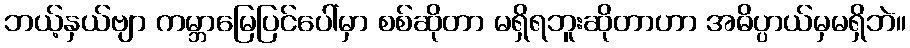
ဘယ့်နှယ်ဗျာ ကမ္ဘာမြေပြင်ပေါ်မှာ စစ်ဆိုတာ မရှိရဘူးဆိုတာဟာ အဓိပ္ပာယ်မှမရှိဘဲ။